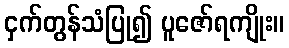
ငှက်တွန်သံပြု၍ ပူဇော်ရကျိုး။